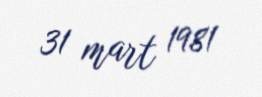
31 mart 1981